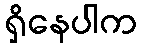
ရှိနေပါက